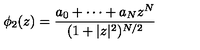
\phi _ { 2 } ( z ) = \frac { a _ { 0 } + \cdots + a _ { N } z ^ { N } } { ( 1 + | z | ^ { 2 } ) ^ { N / 2 } }